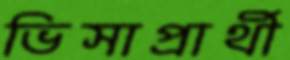
ভিসাপ্রার্থী